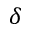
\delta